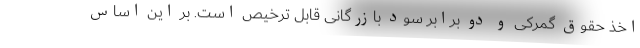
اخذ حقوق گمرکی و دو برابر سود بازرگانی قابل ترخیص است. بر این اساس